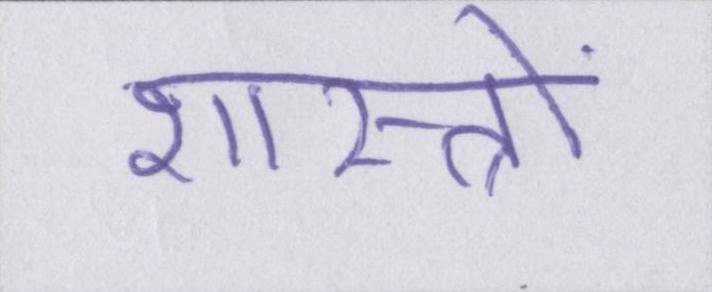
शास्त्रों